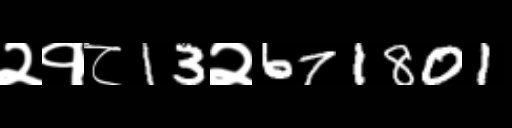
Text: २१८13२671801